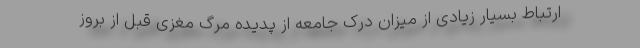
ارتباط بسیار زیادی از میزان درک جامعه از پدیده مرگ مغزی قبل از بروز